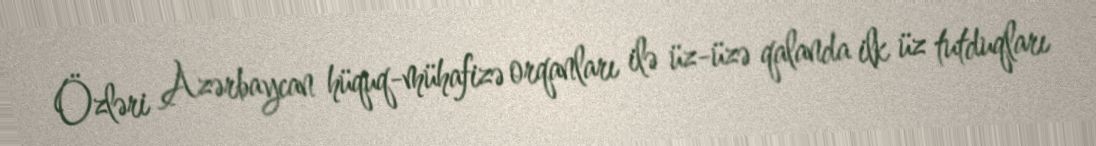
Özləri Azərbaycan hüquq-mühafizə orqanları ilə üz-üzə qalanda ilk üz tutduqları